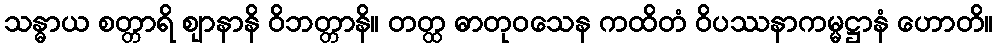
သန္ဓာယ စတ္တာရိ ဈာနာနိ ဝိဘတ္တာနိ။ တတ္ထ ဓာတုဝသေန ကထိတံ ဝိပဿနာကမ္မဋ္ဌာနံ ဟောတိ။